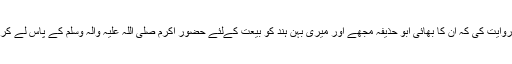
محمد بن عجلان نے اپنے والد سے،انہوں نے فاطمہ دختر عتبہ سے روایت کی کہ ان کا بھائی ابو حذیفہ مجھے اور میری بہن ہند کو بیعت کےلئے حضورِ اکرم صلی اللہ علیہ وآلہٖ وسلم کے پاس لے کر گیا،جب آپ نے بیعت کی شرائط پیش کیں،تو ہند نے کہا،اے بھائی!